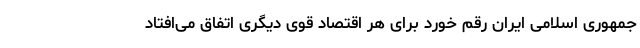
جمهوری اسلامی ایران رقم خورد برای هر اقتصاد قوی دیگری اتفاق می‌افتاد